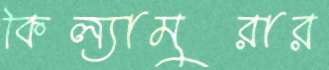
কিল্যামুরার